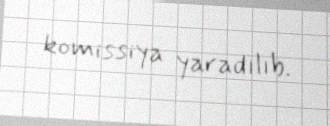
komissiya yaradılıb.